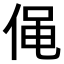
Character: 𠊟